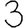
Digit: 3